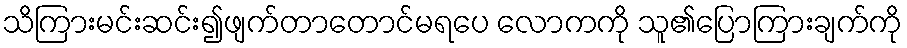
သိကြားမင်းဆင်း၍ဖျက်တာတောင်မရပေ လောကကို သူ၏ပြောကြားချက်ကို